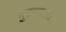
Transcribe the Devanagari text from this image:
मुद्रणाला